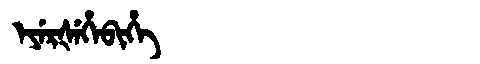
Manchu: ᡝᠶᡝᡵᡧᡝᡥᡝᠪᡳᡥᡝ
Romanization: EYERŠEHEBIHE